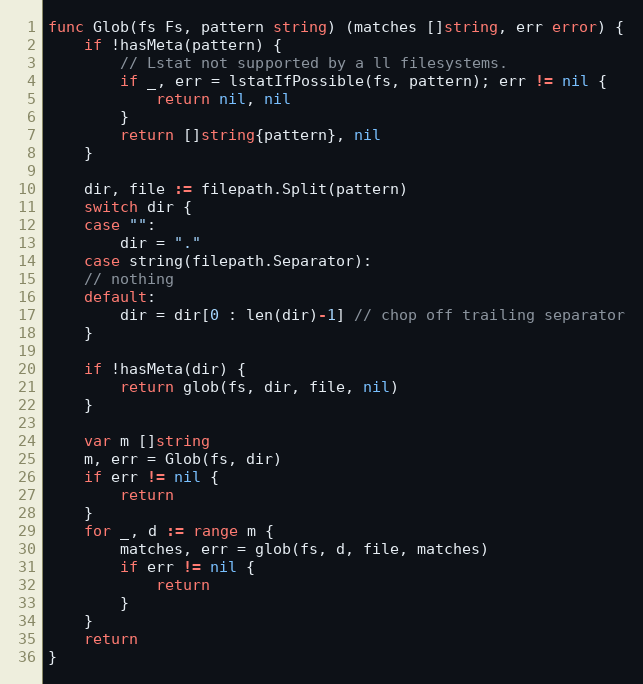
Language: Go
func Glob(fs Fs, pattern string) (matches []string, err error) {
	if !hasMeta(pattern) {
		// Lstat not supported by a ll filesystems.
		if _, err = lstatIfPossible(fs, pattern); err != nil {
			return nil, nil
		}
		return []string{pattern}, nil
	}

	dir, file := filepath.Split(pattern)
	switch dir {
	case "":
		dir = "."
	case string(filepath.Separator):
	// nothing
	default:
		dir = dir[0 : len(dir)-1] // chop off trailing separator
	}

	if !hasMeta(dir) {
		return glob(fs, dir, file, nil)
	}

	var m []string
	m, err = Glob(fs, dir)
	if err != nil {
		return
	}
	for _, d := range m {
		matches, err = glob(fs, d, file, matches)
		if err != nil {
			return
		}
	}
	return
}